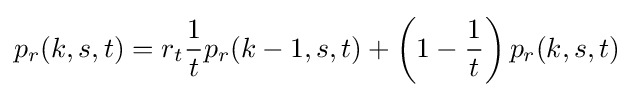
p_{r}(k,s,t)=r_{t}{\frac {1}{t}}p_{r}(k-1,s,t)+\left(1-{\frac {1}{t}}\right)p_{r}(k,s,t)